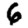
Digit: 6